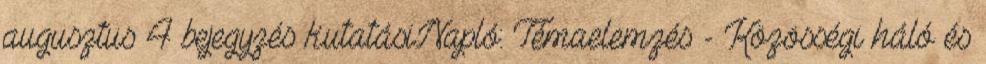
augusztus 4 bejegyzés kutatásiNapló: Témaelemzés - Közösségi háló és